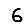
Digit: 6